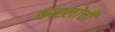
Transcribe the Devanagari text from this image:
काह्लोची